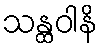
သန္ထဝါနိ